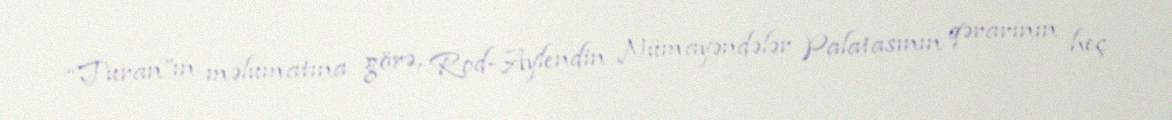
“Turan”ın məlumatına görə, Rod-Aylendin Nümayəndələr Palatasının qərarının heç